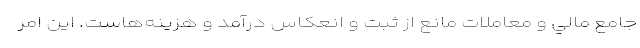
جامع مالي و معاملات مانع از ثبت و انعكاس درآمد و هزينه‌هاست. اين امر